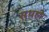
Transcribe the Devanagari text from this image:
सथही